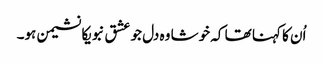
اُن کا کہنا تھا کہ خوشا وہ دل جو عشق نبویکا نشیمن ہو۔